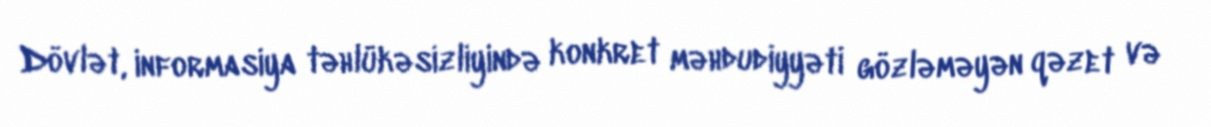
Dövlət, informasiya təhlükəsizliyində konkret məhdudiyyəti gözləməyən qəzet və